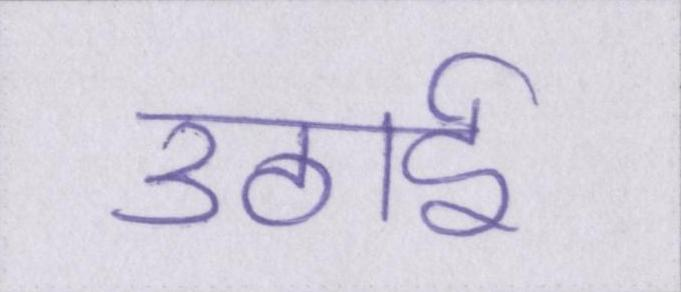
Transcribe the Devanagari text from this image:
उठाई